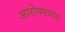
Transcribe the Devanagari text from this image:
आरोपपत्रात